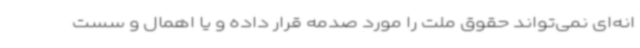
انه‌ای نمی‌تواند حقوق ملت را مورد صدمه قرار داده و یا اهمال و سست